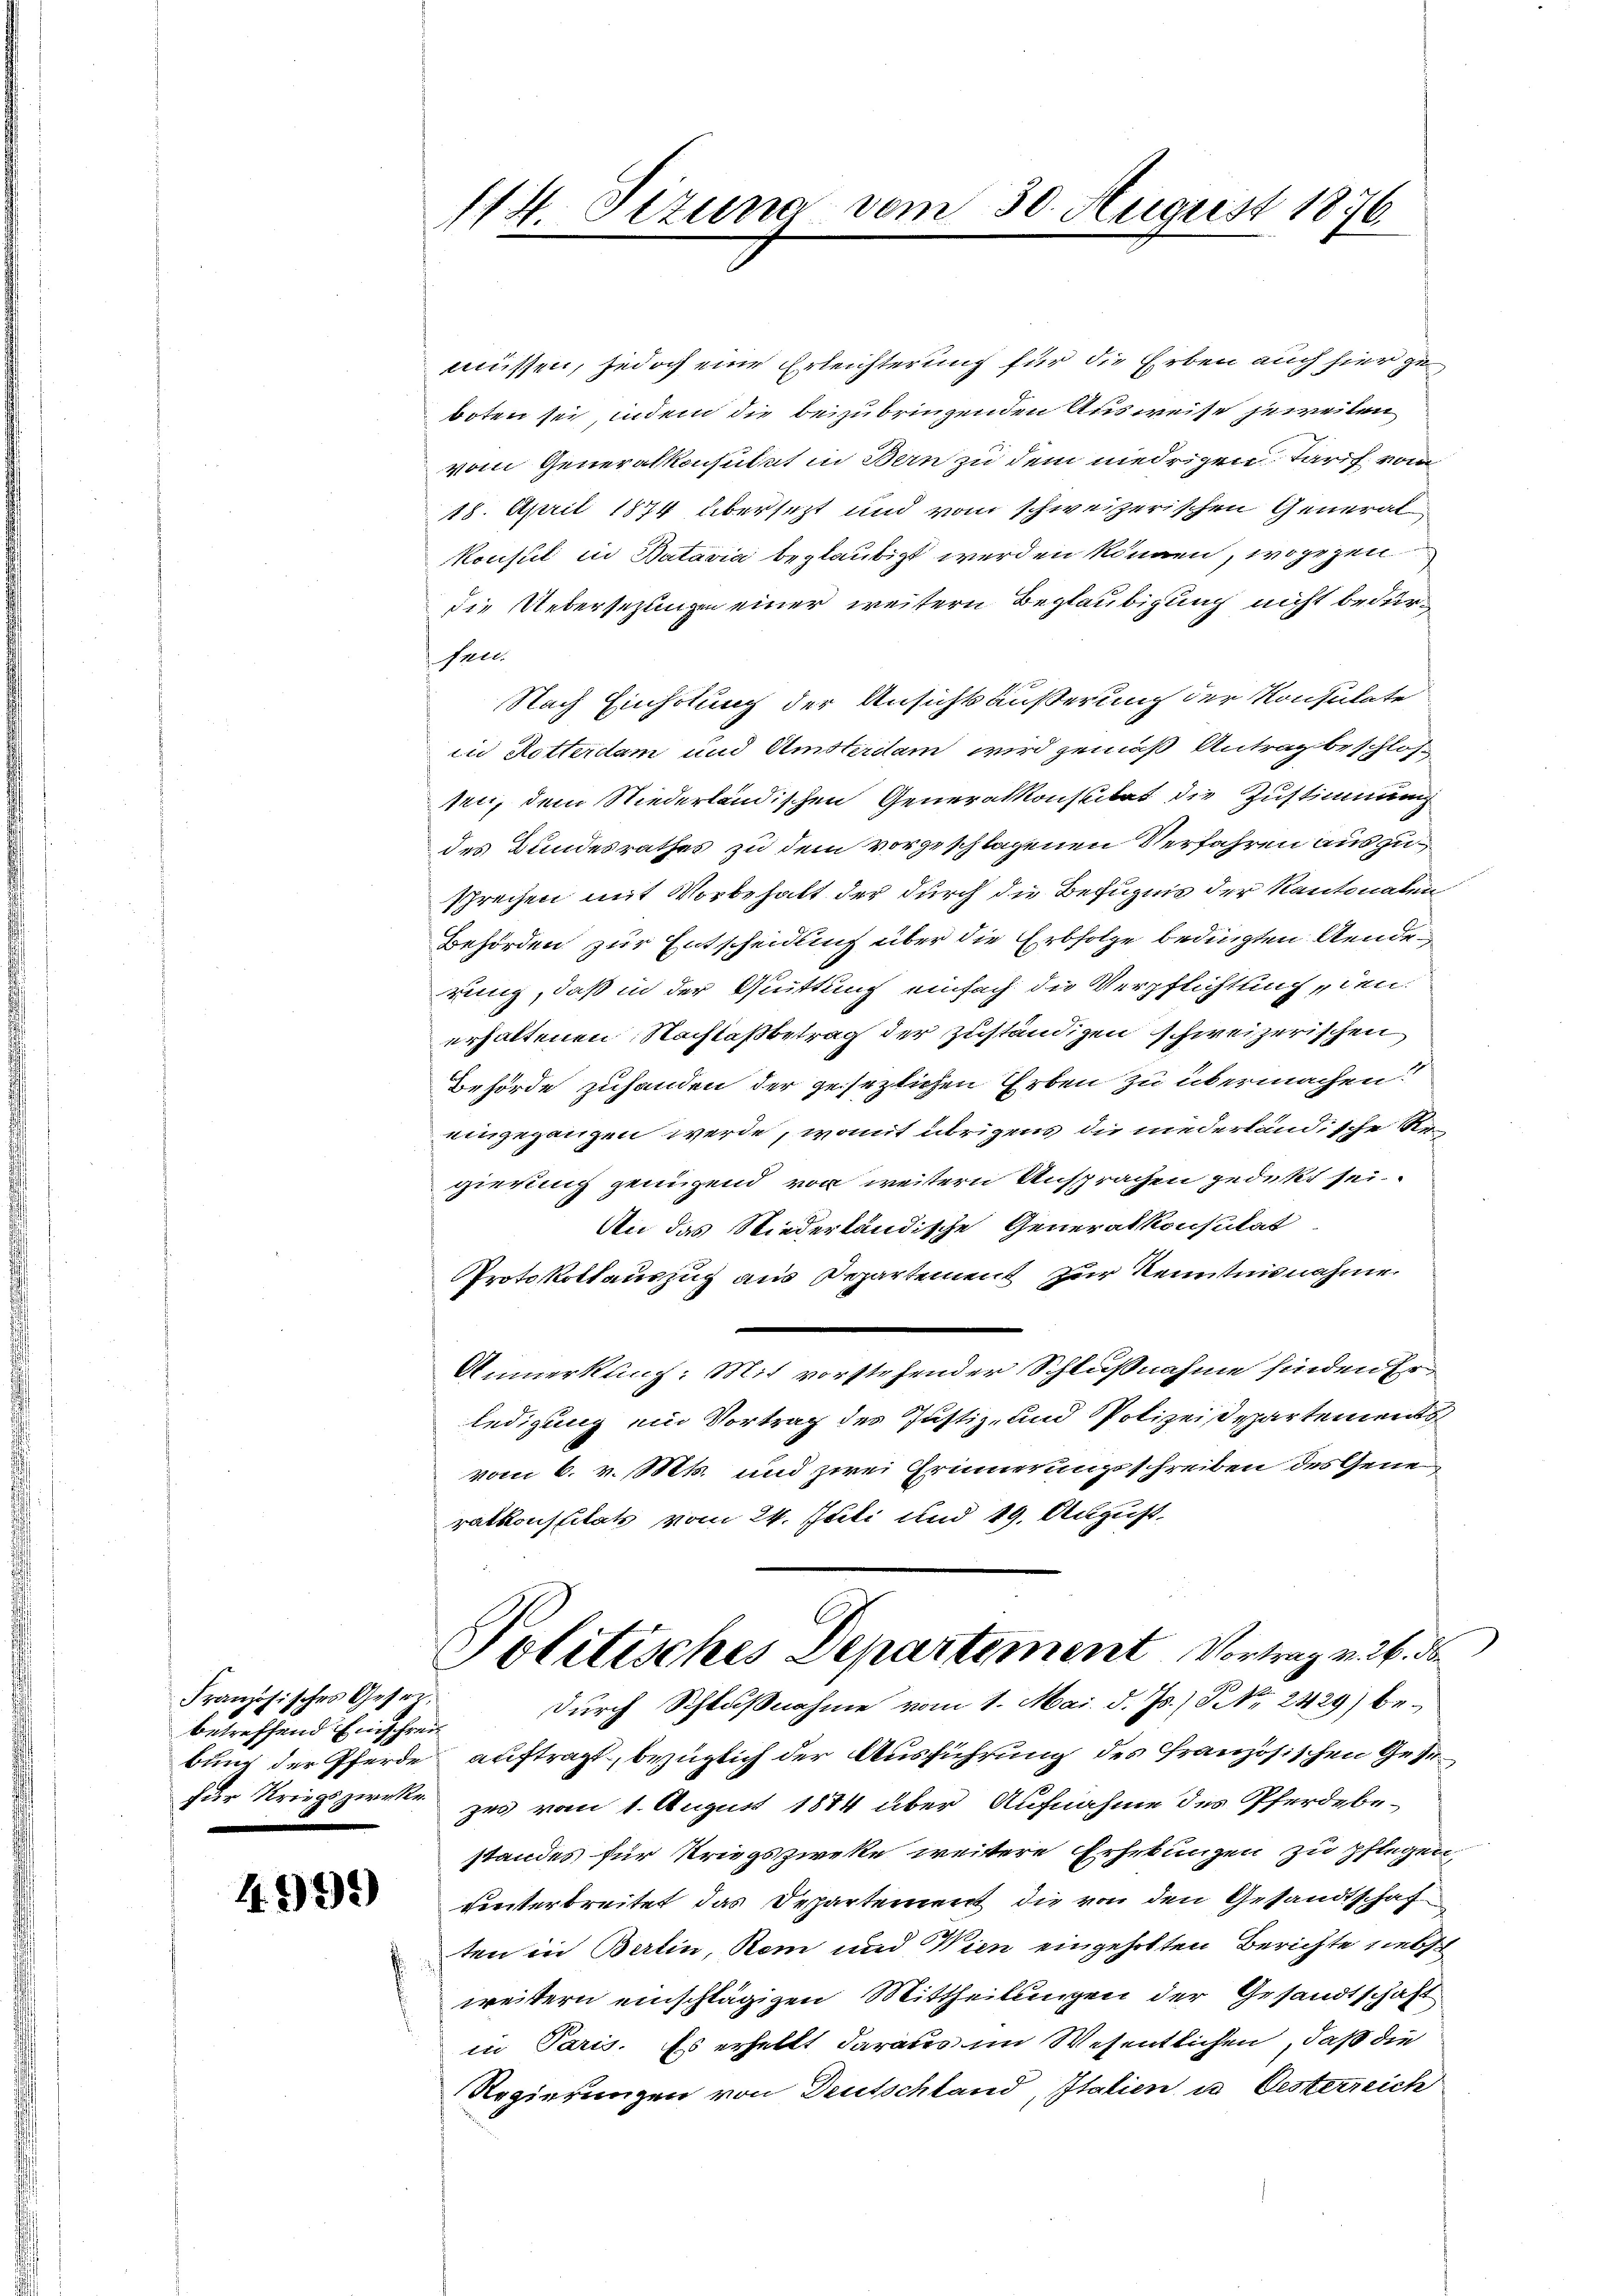
Französisches Geseibetreffend Einschrei¬

4999)

müssen, jedoch eine Erleichterung für die Erben auch hier zu
boten sei, indem die beizubringenden Ausweise jeweiten
vom Generalkonsulat in Bern zu dem niedrigen Tarif vom
18. April 1874 übersezt und vom schweizerischen General
Konsul in Batavia beglaubigt werden können, wogegen
die Uebersezungen einer weitern Beglaubigung nicht beurfen.
Nach Einholung der Ansicht äußerung der Konsulate
in Rotterdam und Amstirilam wird gemäß Antrag beschlos
trii, dem Niederländischen Generalkonsultat die Zustimmung
des Bundesrathes zu dem vorgeschlagenen Verfahren auszusprechen mit Vorbehalt der durch die Befugnis der Kantonaten
Behörden zur Entscheidung über die Erbfolge bedingten Aenderung, daß in der Quittung einfach die Verpflichtung, den
erhaltenen Nachlaßbetrag der zuständigen schweizerischen
Behörde zuhanden der gesezlichen Erben zu übermachen.
eingegangen werde, womit übrigens die niederländische Regierung genügend von weitern Ansprachen gedekt sei.
An das Niederländische Generalkonsulat
Protokollauszug aus Departement zur Kenntnisnahme
Ammentlich                     geachten werden be
ledigung ein Vortrag des Justiz- und Polizeisepartements
vom 6. v. Mts. und zwei Erinnerungsschreiben des Gene
ralkonssitats vom 24. Juli und 19. August,
Politisches Departement Vortrag v. 26. de
durch Schlußnahme vom 1. Mai d. Js., S. Nr. 2429) bebung der Pferde auftragt, bezüglich der Ausführung des Französischen Gesin
für Kriegszirke zur vom 1. August 1884 über Aufnahme des Pferdebestandes für Kriegszweke weitere Erhebungen zu pflegen,
vierterbreitet das Departement die von den Gesandtschaf
ten in Berlin, Rom und Wien eingeholten Berichte nebst
weitern einschlägigen Mittheilungen der Gesandtschaft
in Paris. Es erhellt daraus im Wesentlichen, daß die
Regierungen von Deutschland, Italien u. Oesterreich

114. Sizung vom 30. August 1876